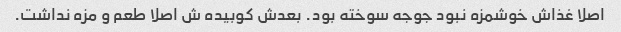
اصلا غذاش خوشمزه نبود جوجه سوخته بود. بعدش کوبیده ش اصلا طعم و مزه نداشت.